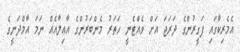
އެމެރިކާގައި ފަގީރުންގެ ދަރަޖަ އަށް ވެއްޓެނީ ހަތަރު މެންބަރުންގެ އާއިލާއެއް ނަމަ އާމްދަނީގެ